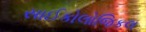
સાઈકોલોજિકલ